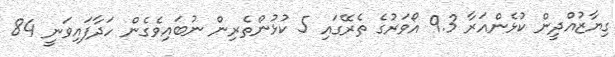
ގިޔާޒުއްދީން ކުޅެންއަރާ 9.3 އޯވަރުގެ ތެރޭގައި 5 ކުޅުންތެރިން ނުބައިވެގެން ހަދާފައިވަނީ 84